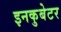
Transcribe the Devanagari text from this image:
इनकुबेटर